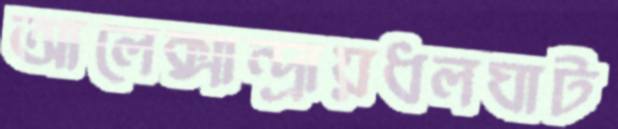
আলেক্সান্দ্রায়ধলঘাট